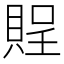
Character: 𧶔